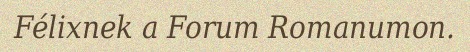
Félixnek a Forum Romanumon.